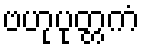
ဗဟုပုတ္တကံ